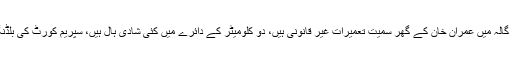
شادی لان کے وکیل نے کہا کہ بنی گالہ میں عمران خان کے گھر سمیت تعمیرات غیر قانونی ہیں، دو کلومیٹر کے دائرے میں کئی شادی ہال ہیں، سپریم کورٹ کی بلڈنگ بھی 2 کلومیٹر کے اندر آتی ہے۔